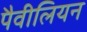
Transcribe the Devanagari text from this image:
पैवीलियन